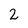
Character: 2